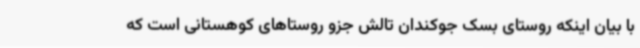
با بیان اینکه روستای بسک جوکندان تالش جزو روستاهای کوهستانی است که